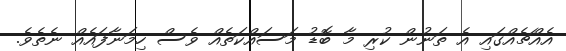
އެއްޗެއްގައި އެ ތަނުން ކުރި މާ ބޮޑު މަސައްކަތެއް ވެސް ހިމަނާފައެއް ނެތެވެ.